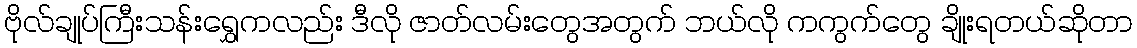
ဗိုလ်ချုပ်ကြီးသန်းရွှေကလည်း ဒီလို ဇာတ်လမ်းတွေအတွက် ဘယ်လို ကကွက်တွေ ချိုးရတယ်ဆိုတာ